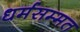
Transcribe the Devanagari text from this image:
धर्मसम्मत